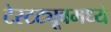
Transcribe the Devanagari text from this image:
टेस्टट्यूबमध्ये